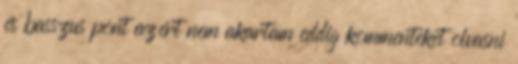
és basszus pont azért nem akartam eddig kommenteket olvasni